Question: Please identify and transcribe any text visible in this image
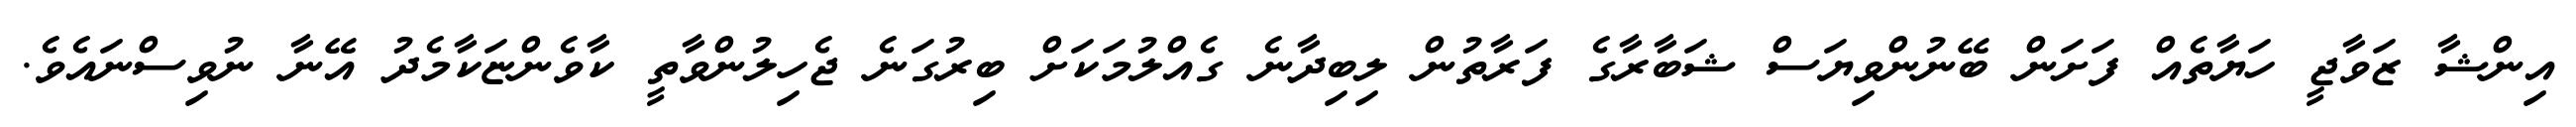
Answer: އިންޝާ ޒަވާޖީ ހަޔާތެއް ފަށަން ބޭނުންވިޔަސް ޝަބާރާގެ ފަރާތުން ލިބިދާނެ ގެއްލުމަކަށް ބިރުގަނެ ޖެހިލުންވާތީ ކާވެންޏަކާމެދު އޭނާ ނުވިސްނައެވެ.